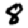
Digit: 8